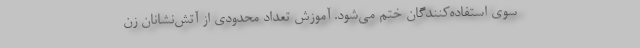
سوی استفاده‌کنندگان ختم می‌شود. آموزش تعداد محدودی از آتش‌نشانان زن